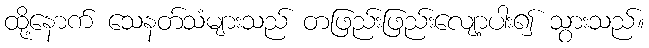
ထို့နောက် သေနတ်သံများသည် တဖြည်းဖြည်းလျော့ပါး၍ သွားသည်။